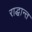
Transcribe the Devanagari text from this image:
राद्धान्त